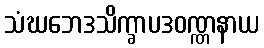
သံဃဘေဒသိက္ခာပဒဝဏ္ဏနာယ